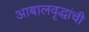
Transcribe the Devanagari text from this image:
आबालवृद्धांची